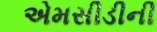
એમસીડીની